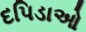
દપિડાઓ